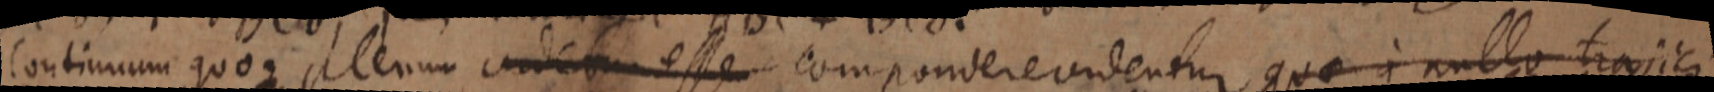
Continuum quoque plenum eadem esse compondere videntur que a nullo trajici poss